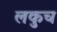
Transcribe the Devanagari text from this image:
लकुच